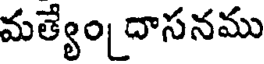
మత్యేం దాసనము